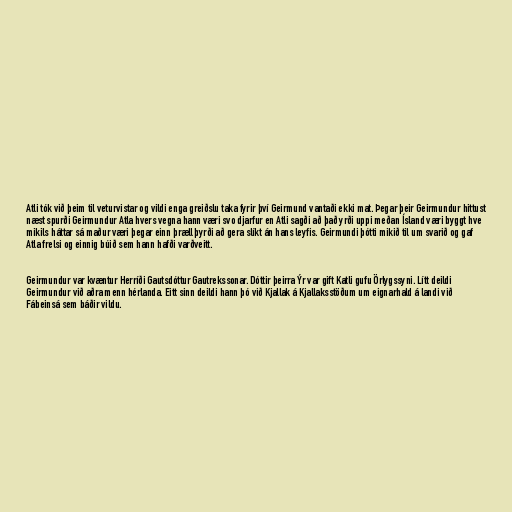
Atli tók við þeim til veturvistar og vildi enga greiðslu taka fyrir því Geirmund vantaði ekki mat. Þegar þeir Geirmundur hittust
næst spurði Geirmundur Atla hvers vegna hann væri svo djarfur en Atli sagði að það yrði uppi meðan Ísland væri byggt hve
mikils háttar sá maður væri þegar einn þræll þyrði að gera slíkt án hans leyfis. Geirmundi þótti mikið til um svarið og gaf
Atla frelsi og einnig búið sem hann hafði varðveitt.

Geirmundur var kvæntur Herríði Gautsdóttur Gautrekssonar. Dóttir þeirra Ýr var gift Katli gufu Örlygssyni. Lítt deildi
Geirmundur við aðra menn hérlanda. Eitt sinn deildi hann þó við Kjallak á Kjallaksstöðum um eignarhald á landi við
Fábeinsá sem báðir vildu.